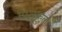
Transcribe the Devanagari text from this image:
पितृकुलं